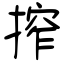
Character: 搾